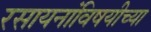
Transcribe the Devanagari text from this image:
रसायनांविषयीच्या